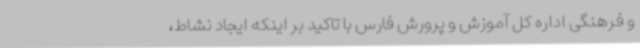
و فرهنگی اداره کل آموزش و پرورش فارس با تاکید بر اینکه ایجاد نشاط،